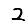
Digit: 2